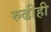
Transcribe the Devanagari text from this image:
रुढीही